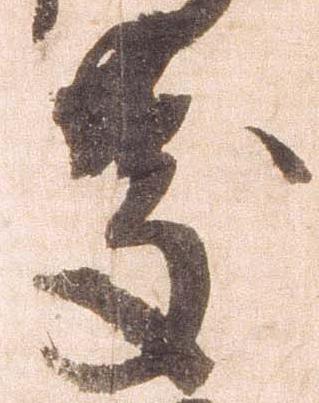
慶